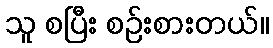
သူ စပြီး စဉ်းစားတယ်။